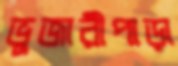
ভুজারীপাড়া